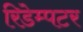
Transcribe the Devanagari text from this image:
रिडेम्पटर